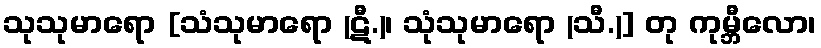
သုသုမာရော [သံသုမာရော (ဋီ.)၊ သုံသုမာရော (သီ.)] တု ကုမ္ဘီလော၊